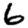
Digit: 6